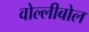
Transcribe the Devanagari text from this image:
वोल्लीबोल